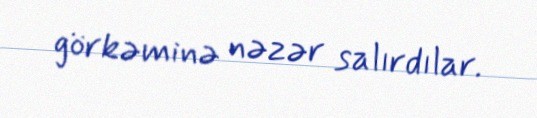
görkəminə nəzər salırdılar.